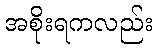
အစိုးရကလည်း